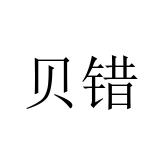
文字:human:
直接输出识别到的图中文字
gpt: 贝错